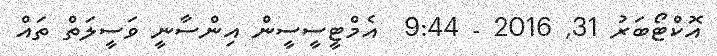
އޮކްޓޯބަރު 31